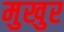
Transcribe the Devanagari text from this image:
मुखुर